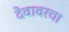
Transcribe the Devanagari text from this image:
देवावरचा